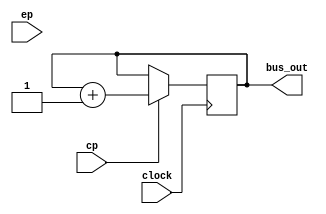
module program_counter (
	input clock,
	input cp,
	input ep,
	output [3:0] bus_out
);

	reg [3:0] data = 4'b0000;

	always @(posedge clock) begin
		if(cp)
			data = data + 4'b1;
	end

	assign bus_out = data;

endmodule